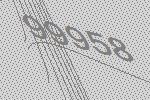
99958